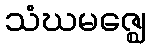
သံဃမဇ္ဈေ